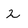
Character: 2